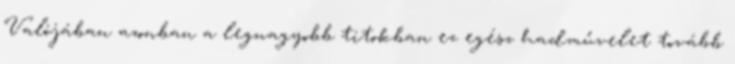
Valójában azonban a legnagyobb titokban ez egész hadművelet tovább